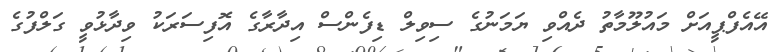
އޭއެފްޕީއަށް މައުލޫމާތު ދެއްވި ޔަމަނުގެ ސިވިލް ޑިފެންސް އިދާރާގެ އޮފިސަރަކު ވިދާޅުވީ ގަލްފުގެ